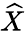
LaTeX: \widehat{X}